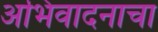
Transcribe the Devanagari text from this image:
अभिवादनाचा